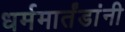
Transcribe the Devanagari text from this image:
धर्ममार्तंडांनी